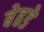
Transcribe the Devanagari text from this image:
बेहडे